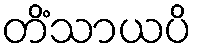
တိံသာယပိ